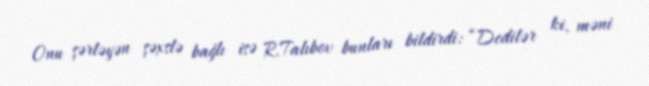
Onu şərləyən şəxslə bağlı isə R.Talıbov bunları bildirdi: “Dedilər ki, məni